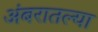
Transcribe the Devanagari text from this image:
अंबरातल्या